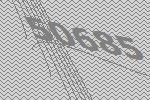
50685